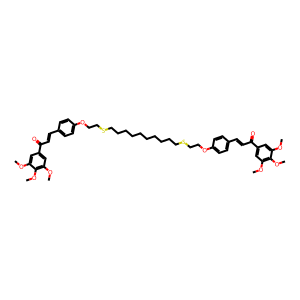
SMILES: COc1cc(C(=O)C=Cc2ccc(OCCSCCCCCCCCCCSCCOc3ccc(C=CC(=O)c4cc(OC)c(OC)c(OC)c4)cc3)cc2)cc(OC)c1OC
Inhibits HIV replication: No